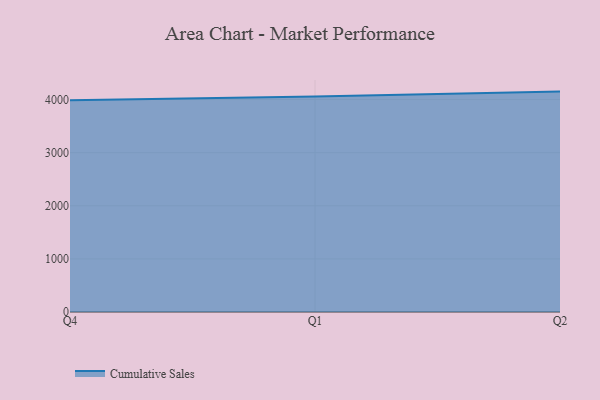
{"axis": {"x": "Quarter", "y": "Churn Rate (%)"}, "legend": ["Cumulative Sales"], "data": [{"x": "Q4", "y": 3986.1, "type": "Cumulative Sales"}, {"x": "Q1", "y": 4055.7, "type": "Cumulative Sales"}, {"x": "Q2", "y": 4149.9, "type": "Cumulative Sales"}]}